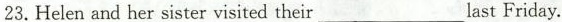
23. Helen and her sister visited their ___ last Friday.